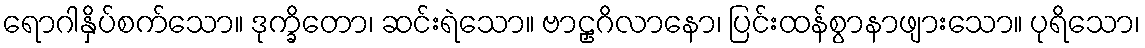
ရောဂါနှိပ်စက်သော။ ဒုက္ခိတော၊ ဆင်းရဲသော။ ဗာဠှဂိလာနော၊ ပြင်းထန်စွာနာဖျားသော။ ပုရိသော၊